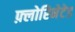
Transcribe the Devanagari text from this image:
फ़्लोरिनेटेड